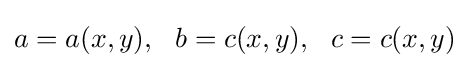
a=a(x,y),\ \ b=c(x,y),\ \ c=c(x,y)